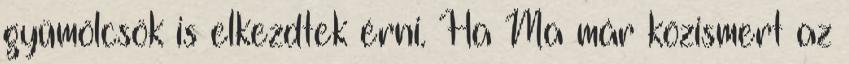
gyümölcsök is elkezdtek érni. Ha Ma már közismert az